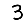
Digit: 3